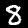
Digit: 8